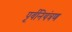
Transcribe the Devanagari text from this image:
पूर्वनियंत्रण